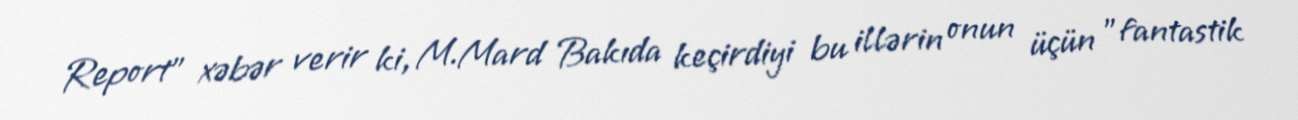
Report" xəbər verir ki, M.Mard Bakıda keçirdiyi bu illərin onun üçün "fantastik